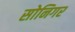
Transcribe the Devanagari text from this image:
सोनिगर